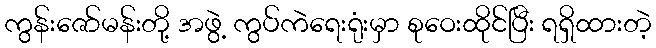
ကွန်းဇော်မန်းတို့ အဖွဲ့ ကွပ်ကဲရေးရုံးမှာ စုဝေးထိုင်ပြီး ရရှိထားတဲ့